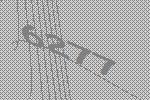
6277